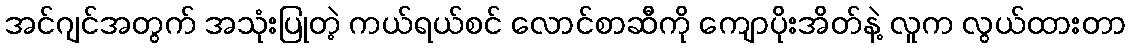
အင်ဂျင်အတွက် အသုံးပြုတဲ့ ကယ်ရယ်စင် လောင်စာဆီကို ကျောပိုးအိတ်နဲ့ လူက လွယ်ထားတာ